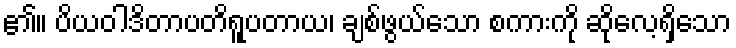
၏။ ပိယဝါဒိတာပတိရူပတာယ၊ ချစ်ဖွယ်သော စကားကို ဆိုလေ့ရှိသော